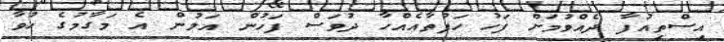
އިސްތިއުފާ ދެއްވުމަށް ފަހު ހަފުތާއެއްހާ ދުވަސް ފަހުން އަލުން އެ މަގާމުގެ ހުވާ